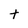
Character: t